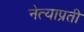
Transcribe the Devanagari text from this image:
नेत्याप्रती